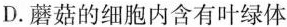
D.蘑菇的细胞内含有叶绿体